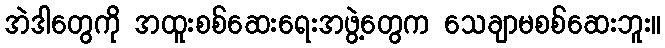
အဲဒါတွေကို အထူးစစ်ဆေးရေးအဖွဲ့တွေက သေချာမစစ်ဆေးဘူး။